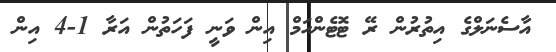
އާސެނަލްގެ އިތުރުން ރޭ ޓޮޓެންހަމް އިން ވަނީ ފަހަތުން އަރާ 1-4 އިން